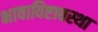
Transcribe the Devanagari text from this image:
भावाविष्टावस्था